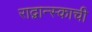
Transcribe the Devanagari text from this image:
राद्वान्स्काची